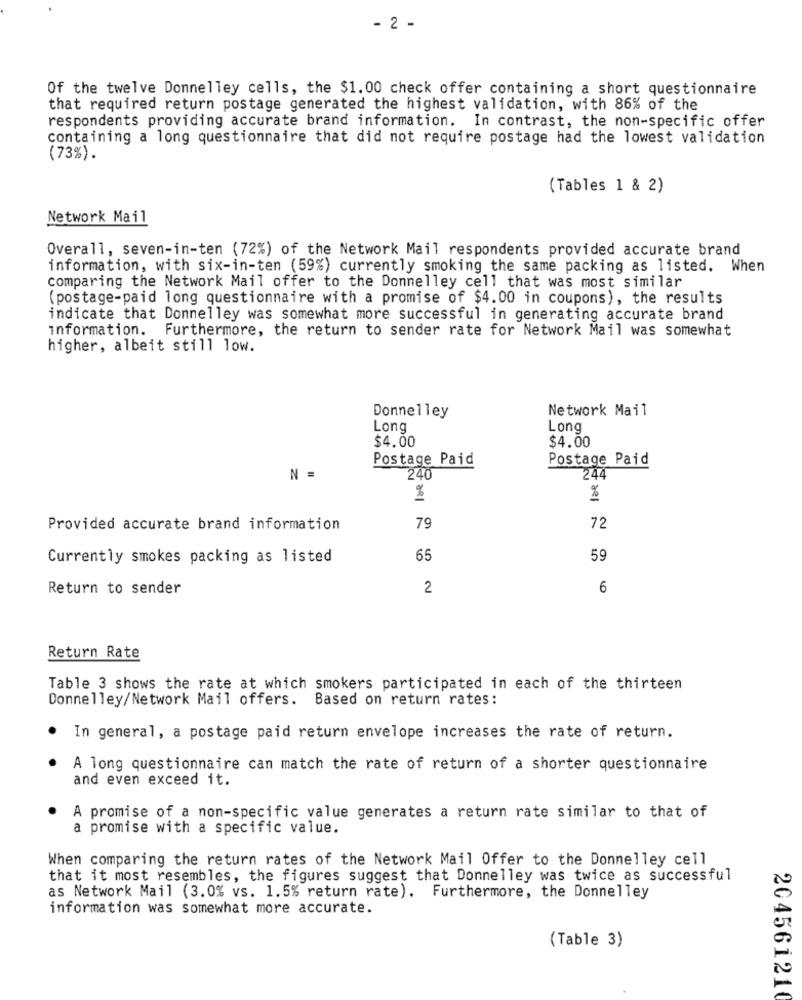
- 2 -
Of the twelve Donnelley cells, the $1.00 check offer containing a short questionnaire
that required return postage generated the highest validation, with 86% of the
respondents providing accurate brand information. In contrast, the non-specific offer
containing a long questionnaire that did not require postage had the lowest validation
(73%).
(Tables 1 & 2)
Network Mail
Overall, seven-in-ten (72%) of the Network Mail respondents provided accurate brand
information, with six-in-ten (59%) currently smoking the same packing as listed. When
comparing the Network Mail offer to the Donnelley cell that was most similar
(postage-paid long questionnaire with a promise of $4.00 in coupons), the results
indicate that Donnelley was somewhat more successful in generating accurate brand
information. Furthermore, the return to sender rate for Network Mail was somewhat
higher, albeit still low.
Network Mail
Donnelley
Long
Long
$4.00
$4.00
Postage Paid
Postage Paid
N =
240
244
%
%
Provided accurate brand information
79
72
Currently smokes packing as listed
65
59
Return to sender
2
6
Return Rate
Table 3 shows the rate at which smokers participated in each of the thirteen
Donnelley/Network Mail offers. Based on return rates:
In general, a postage paid return envelope increases the rate of return.
A long questionnaire can match the rate of return of a shorter questionnaire
and even exceed it.
A promise of a non-specific value generates a return rate similar to that of
a promise with a specific value.
When comparing the return rates of the Network Mail Offer to the Donnelley cell
that it most resembles, the figures suggest that Donnelley was twice as successful
as Network Mail (3.0% vs. 1.5% return rate). Furthermore, the Donnelley
information was somewhat more accurate.
(Table 3)
204561210